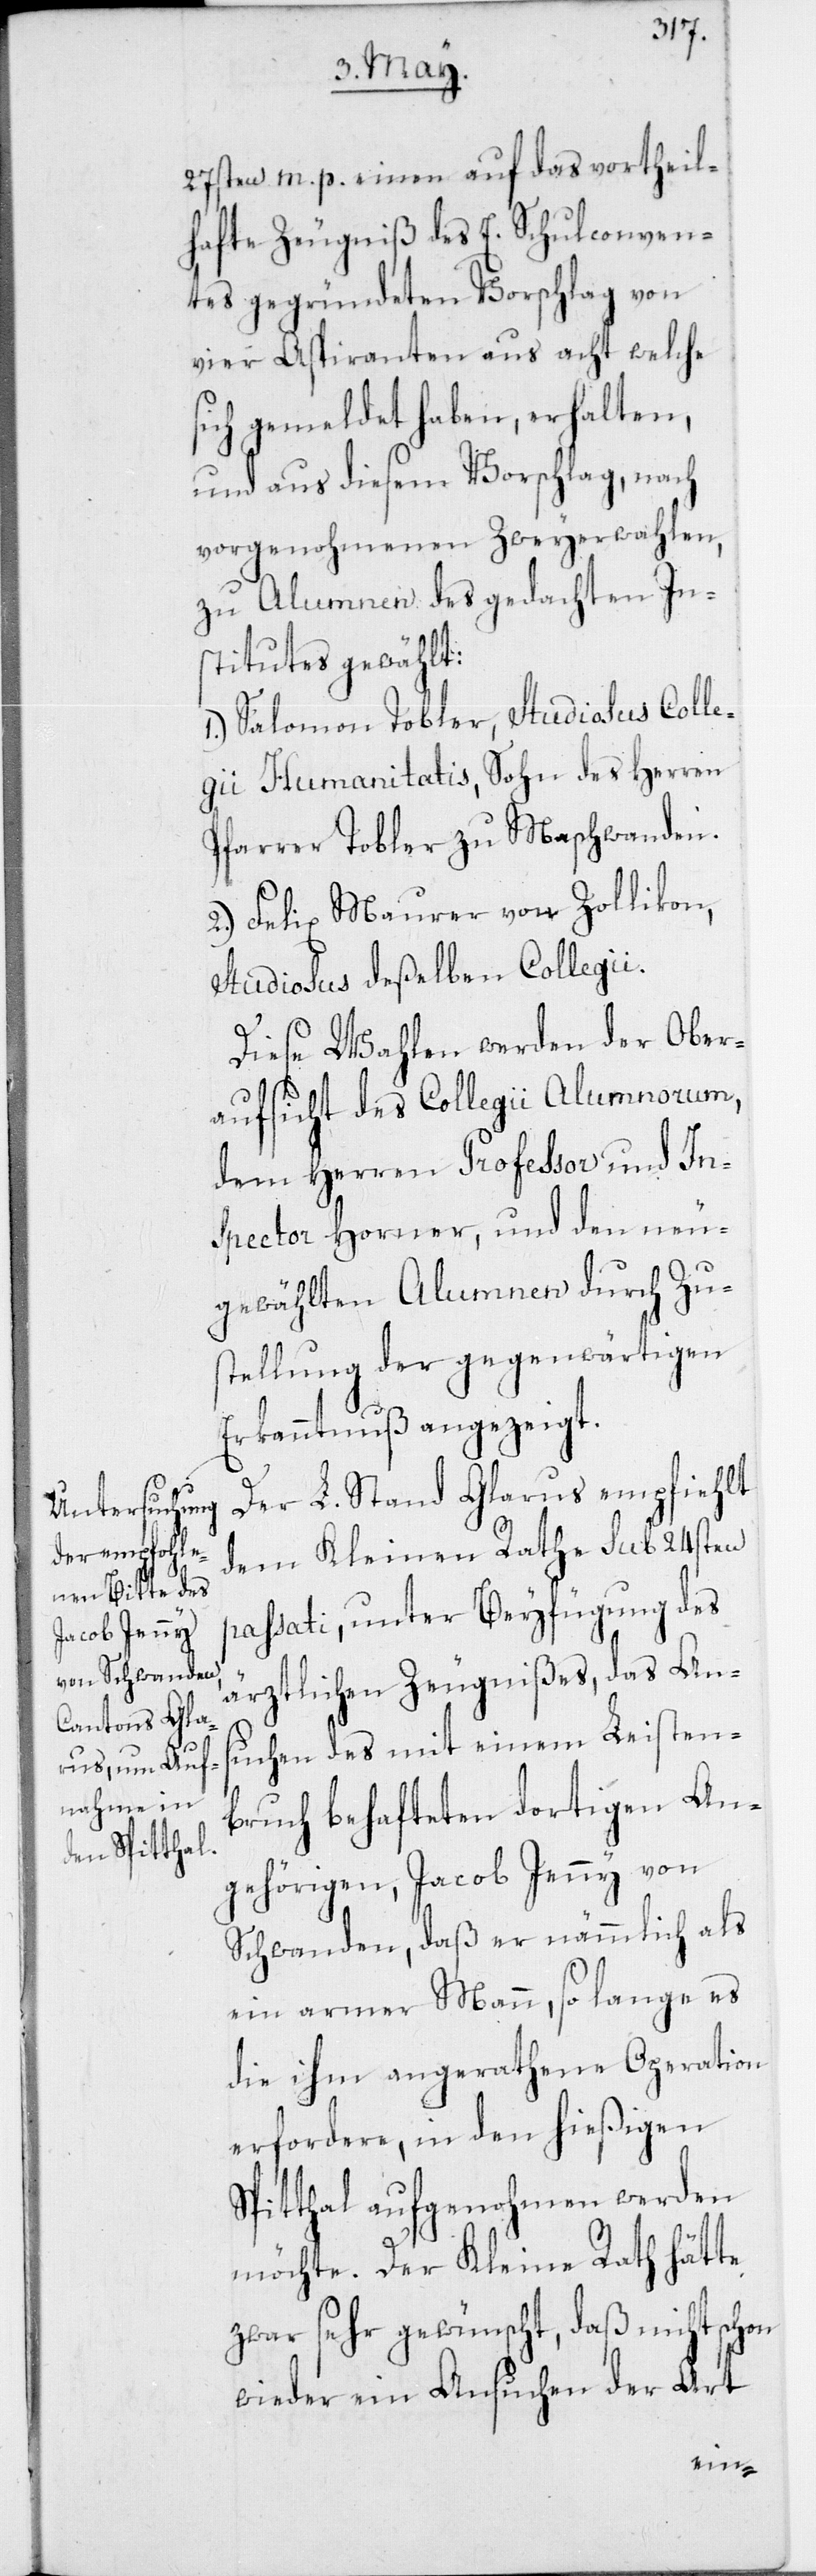
27sten m. p. einen auf das vortheil¬
hafte Zeugniß des E. Schulconven¬
tes gegründeten Vorschlag von
vier Aspiranten aus acht welche
sich gemeldet haben, erhalten,
und aus diesem Vorschlag, nach
vorgenohmenen Zweyerwahlen,
zu Alumnen des gedachten In¬
stitutes gewählt:
1. Salomon Tobler, Studiosus Colle¬
gii Humanitatis, Sohn des Herren
Pfarrer Tobler zu Maschwanden.
2. Felix Maurer von Zollikon,
Studiosus deßelben Collegii.
Diese Wahlen werden der Ober¬
aufsicht des Collegii Alumnorum,
dem Herren Professor und In¬
spector Horner, und den neu
gewählten Alumnen durch Zus¬
tellung der gegenwärtigen
Erkanntnuß angezeigt.
Der L. Stand Glarus empfiehlt
dem Kleinen Rathe sub 24sten
passati, unter Beyfügung des
ärztlichen Zeugnißes, das An¬
bruch behafteten dortigen An¬
gehörigen, Jacob Jenny von
Schwanden, daß er nämmlich als
ein armer Mann, so lange es
die ihm angerathene Operation
erfordere, in den hießigen
Spitthal aufgenohmen werden
möchte. Der Kleine Rath hätte
zwar sehr gewünscht, daß nicht schon
wieder ein Ansuchen der Art
Leisten¬